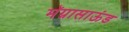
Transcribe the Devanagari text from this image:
मॅग्नासाऊंड